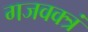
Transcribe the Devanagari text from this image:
गजवक्त्रं